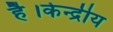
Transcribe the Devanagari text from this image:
है।केन्द्रीय